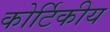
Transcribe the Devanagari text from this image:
कोर्टिकीय